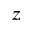
z